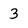
Character: 3